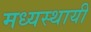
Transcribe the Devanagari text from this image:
मध्यस्थायी